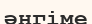
әнгіме